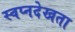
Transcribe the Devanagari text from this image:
स्वप्नदेखता